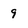
Character: 9